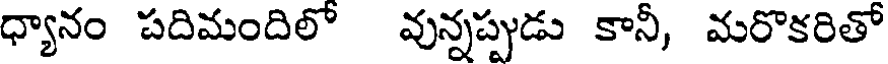
ధ్యానం పదిమందిలో వున్నప్పుడు కానీ, మరొకరితో